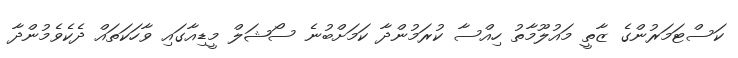
ކަސްޓަމަރުންގެ ޒާތީ މައުލޫމާތު ހިއްސާ ކުރަމުންދާ ކަމަށްބުނެ ސޯޝަލް މީޑިއާގައި ވާހަކަތައް ދެކެވެމުންދާ